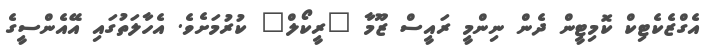
އެގްޒެކެޓިކް ކޮމިޓީން ދެން ނިންމީީ ރައީސް ޒޫމާ "ރީކޯލް" ކުރުމަށެވެ. އެހާލަތުގައި އޭއެންސީގެ